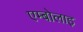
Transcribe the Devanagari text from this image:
एम्बोलाइ